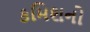
કમિશનો